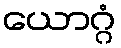
ယောဂ္ဂံ